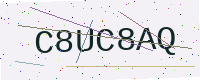
Text: C8UC8AQ